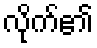
လိုက်၏